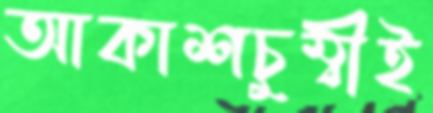
আকাশচুম্বীই